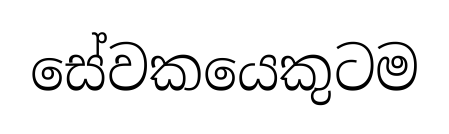
සේවකයෙකුටම